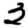
Digit: 3